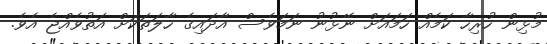
މުޅިން ހުރިހާ ކަމެއް ހަމައަށް ނޭޅުނު ނަމަވެސް އާދައިގެ ހާލަތަކަށް އަތުވެއްޖެ އެވެ.